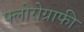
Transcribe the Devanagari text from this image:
फ्लोरोग्राफी